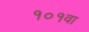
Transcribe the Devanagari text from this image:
१०१वा